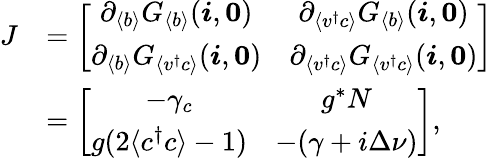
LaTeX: \begin{array}{rl}{J}&{=\left[\begin{array}{cc}{\partial_{\langle b\rangle}G_{\langle b\rangle}({\boldsymbol{i}},\boldsymbol{0})}&{\partial_{\langle v^{\dagger}c\rangle}G_{\langle b\rangle}({\boldsymbol{i}},\boldsymbol{0})}\\ {\partial_{\langle b\rangle}G_{\langle v^{\dagger}c\rangle}({\boldsymbol{i}},\boldsymbol{0})}&{\partial_{\langle v^{\dagger}c\rangle}G_{\langle v^{\dagger}c\rangle}({\boldsymbol{i}},\boldsymbol{0})}\end{array}\right]}\\ &{=\left[\begin{array}{cc}{-\gamma_{c}}&{g^{*}N}\\ {g(2\langle c^{\dagger}c\rangle-1)}&{-(\gamma+i\Delta\nu)}\end{array}\right],}\end{array}